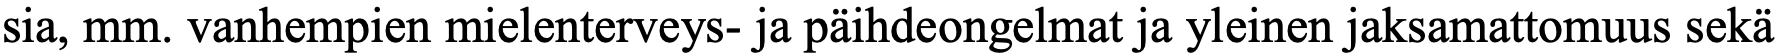
sia, mm. vanhempien mielenterveys- ja päihdeongelmat ja yleinen jaksamattomuus sekä